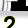
Digit: 2